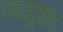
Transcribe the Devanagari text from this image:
अडूसा